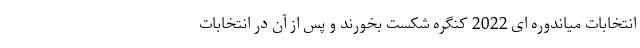
انتخابات میاندوره ای 2022 کنگره شکست بخورند و پس از آن در انتخابات